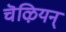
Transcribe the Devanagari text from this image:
चॆऴियन्